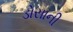
ડોસાની